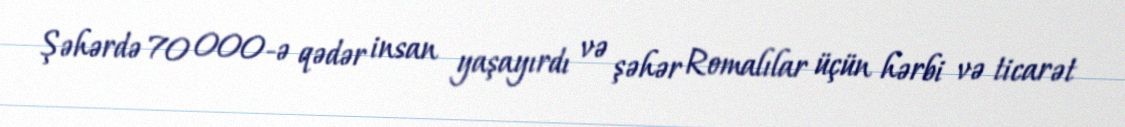
Şəhərdə 70 000-ə qədər insan yaşayırdı və şəhər Romalılar üçün hərbi və ticarət